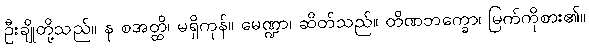
ဦးချိုတို့သည်။ န စအတ္ထိ၊ မရှိကုန်။ မေဏ္ဍာ၊ ဆိတ်သည်။ တိဏဘက္ခော၊ မြက်ကိုစား၏။